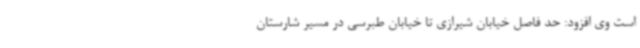
است وی افزود: حد فاصل خیابان شیرازی تا خیابان طبرسی در مسیر شارستان